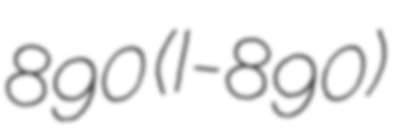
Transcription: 890 (I-890)